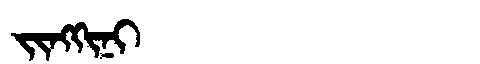
Manchu: ᠵᡳᠩᡴᡳᠨᡳ
Romanization: JINGKINI